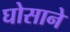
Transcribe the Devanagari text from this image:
घोसाने